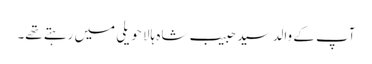
آپ کے والد سید حبیب شاہ ہالا حویلی میں رہتے تھے۔